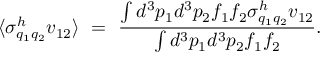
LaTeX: \langle \sigma _ { q _ { 1 } q _ { 2 } } ^ { h } v _ { 1 2 } \rangle \ = \ { \frac { \int d ^ { 3 } p _ { 1 } d ^ { 3 } p _ { 2 } f _ { 1 } f _ { 2 } \sigma _ { q _ { 1 } q _ { 2 } } ^ { h } v _ { 1 2 } } { \int d ^ { 3 } p _ { 1 } d ^ { 3 } p _ { 2 } f _ { 1 } f _ { 2 } } } .